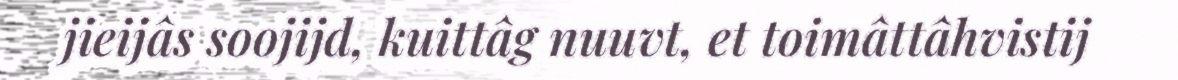
jieijâs soojijd, kuittâg nuuvt, et toimâttâhvistij